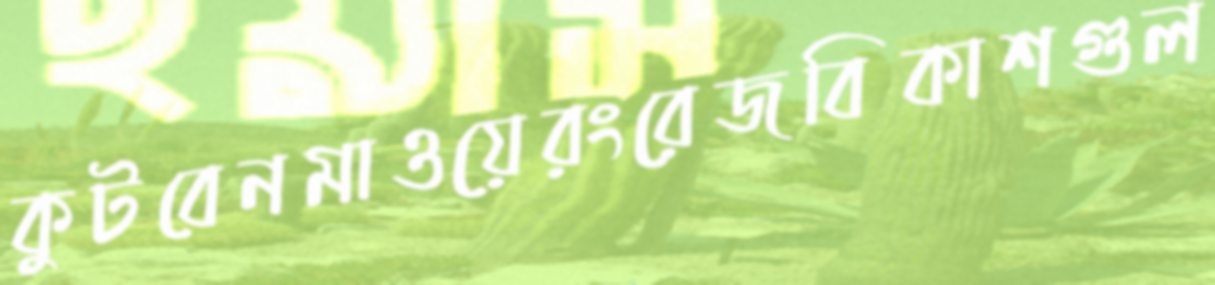
কুটবেনমাওয়েরংরেজবিকাশগুল